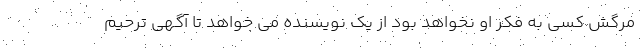
مرگش کسی به فکر او نخواهد بود از یک نویسنده می خواهد تا آگهی ترحیم